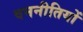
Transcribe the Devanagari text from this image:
वननीतियों